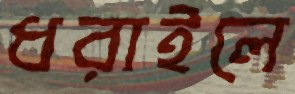
ধরাইলে